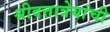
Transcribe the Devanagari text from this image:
श्रीदत्तात्रेयांची